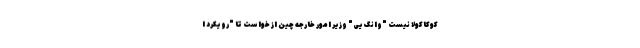
کوکاکولا نیست "وانگ یی" وزیر امور خارجه چین از خواست تا "رویکرد ا